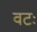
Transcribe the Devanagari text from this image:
वटः